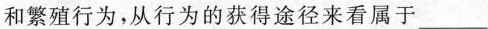
和繁殖行为，从行为的获得途径来看属于___